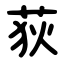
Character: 荻